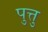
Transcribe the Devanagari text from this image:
पुत्तु